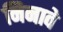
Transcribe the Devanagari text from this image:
निनावे